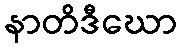
နာတိဒီဃော